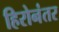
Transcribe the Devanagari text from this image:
हिरोनंतर